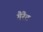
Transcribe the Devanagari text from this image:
गैरैट